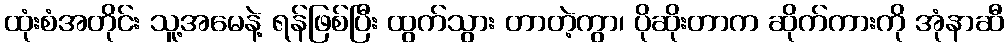
ထုံးစံအတိုင်း သူ့အမေနဲ့ ရန်ဖြစ်ပြီး ထွက်သွား တာတဲ့ကွာ၊ ပိုဆိုးတာက ဆိုက်ကားကို အုံနာဆီ